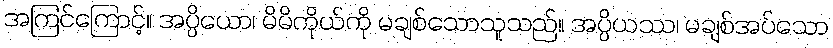
အကြင်ကြောင့်။ အပ္ပိယော၊ မိမိကိုယ်ကို မချစ်သောသူသည်။ အပ္ပိယဿ၊ မချစ်အပ်သော